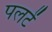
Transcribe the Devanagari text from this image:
पलटें